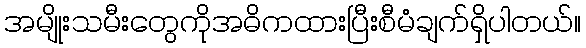
အမျိုးသမီးတွေကိုအဓိကထားပြီးစီမံချက်ရှိပါတယ်။